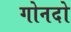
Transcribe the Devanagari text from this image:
गोनदो